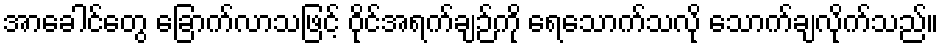
အာခေါင်တွေ ခြောက်လာသဖြင့် ဝိုင်အရက်ချဉ်ကို ရေသောက်သလို သောက်ချလိုက်သည်။